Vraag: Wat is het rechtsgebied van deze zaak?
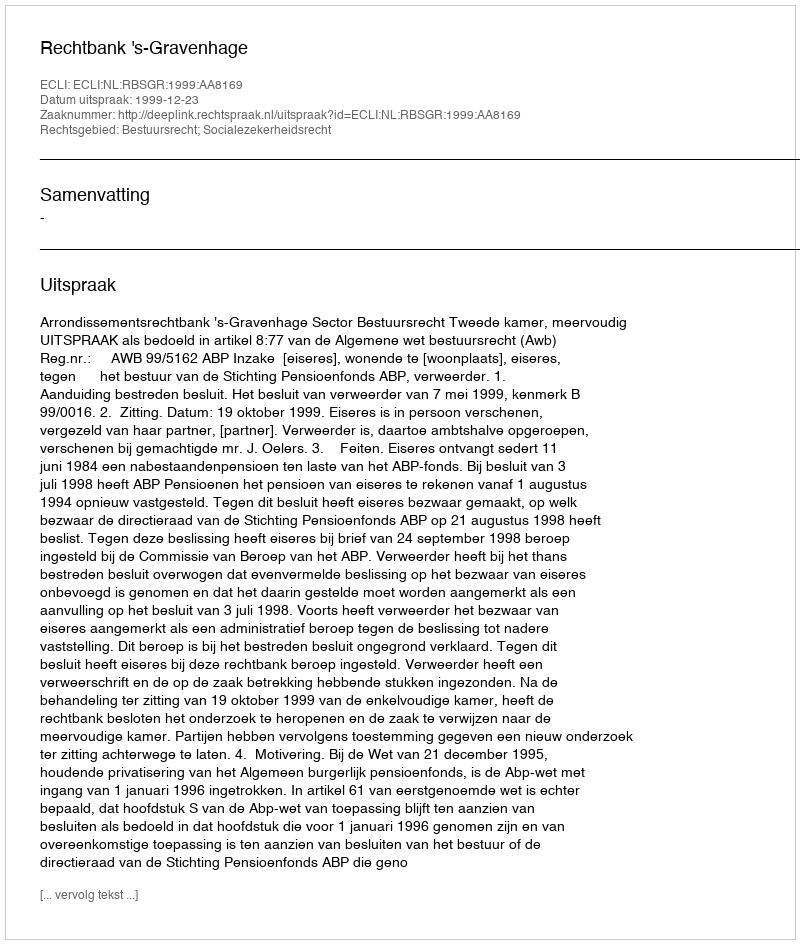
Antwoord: Bestuursrecht; Socialezekerheidsrecht